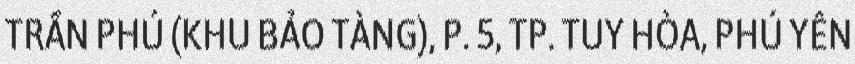
TRẦN PHÚ (KHU BẢO TÀNG), P. 5, TP. TUY HÒA, PHÚ YÊN